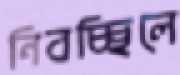
নিবচ্ছিলে